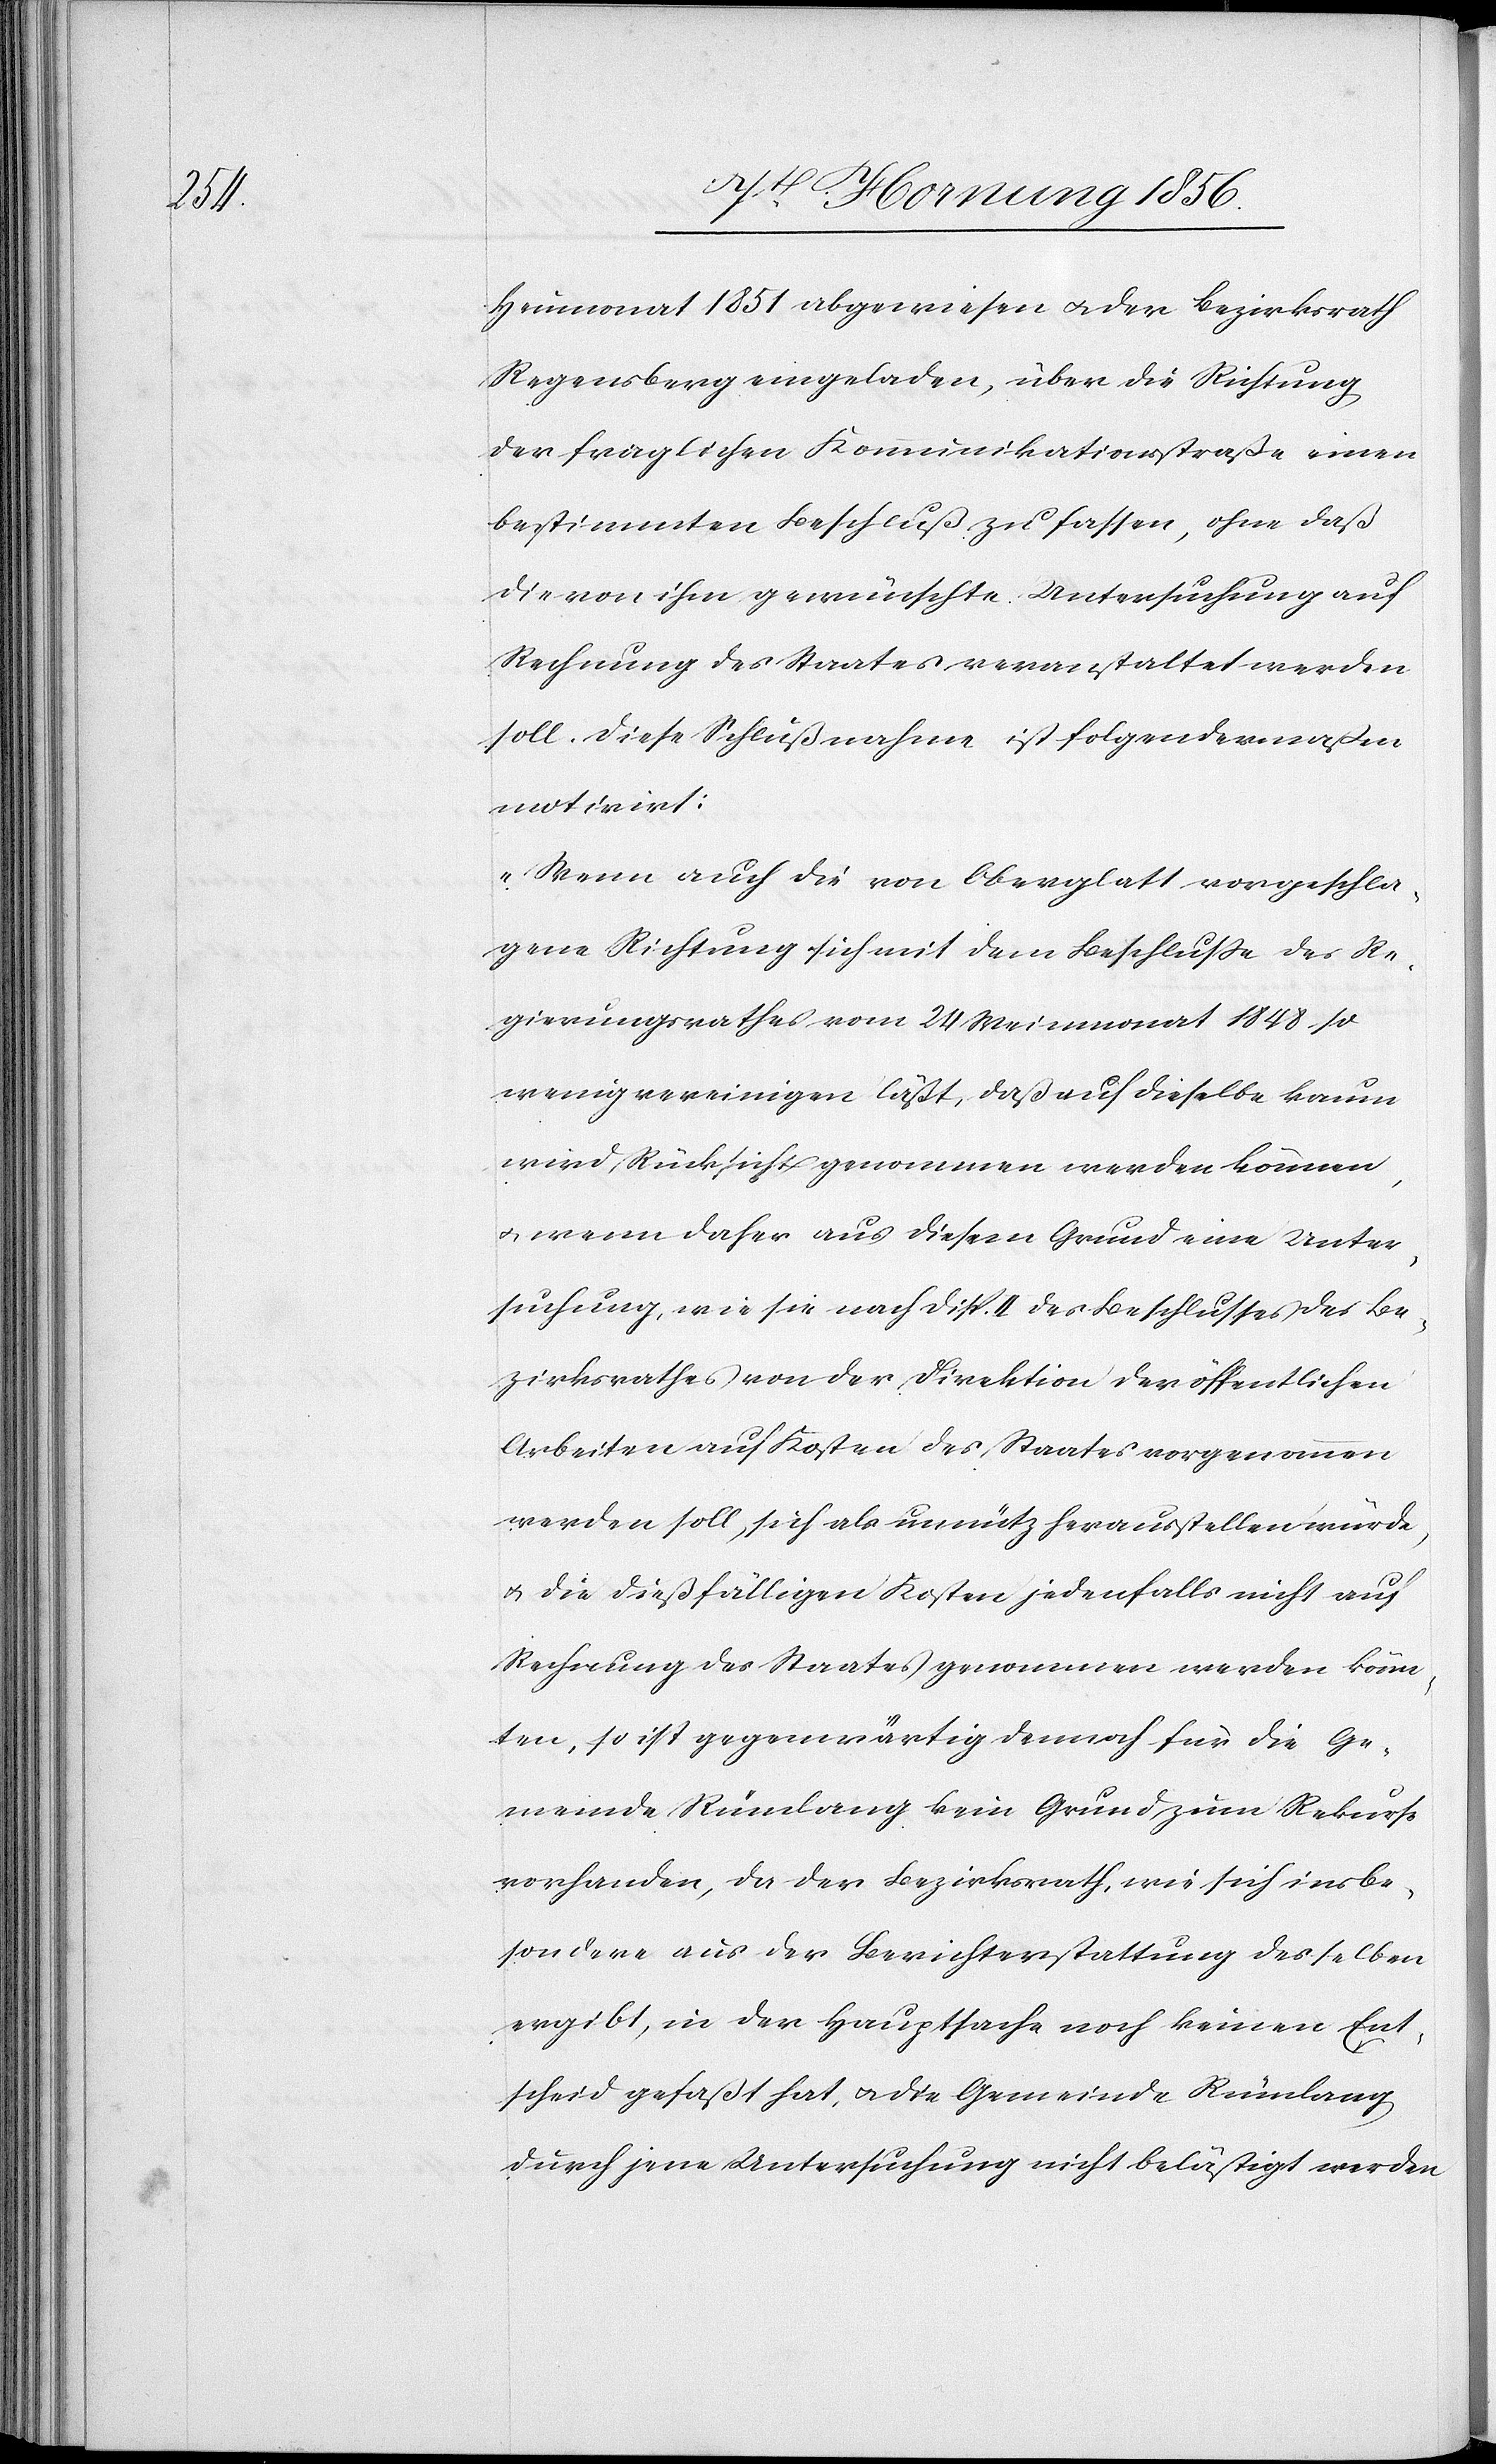
Heumonat 1851 abgewiesen u. der Bezirksrath
Regensberg eingeladen, über die Richtung
der fraglichen Kommunikationsstraße einen
bestimmten Beschluß zu fassen, ohne daß
die von ihm gewünschte Untersuchung auf
Rechnung des Staates veranstaltet werden
soll. Diese Schlußnahme ist folgendermaßen
motivirt:
„Wenn auch die von Oberglatt vorgeschla¬
gene Richtung sich mit dem Beschluße des Re¬
gierungsrathes vom 24 Weinmonat 1848 so
wenig vereinigen läßt, daß auf dieselbe kaum
wird Rücksicht genommen werden können,
u. wenn daher aus diesem Grund eine Unter¬
suchung, wie sie nach Disp. II des Beschlusses des Be¬
zirksrathes von der Direktion der öffentlichen
Arbeiten auf Kosten des Staates vorgenommen
werden soll, sich als unnütz herausstellen würde,
u. die dießfälligen Kosten jedenfalls nicht auf
Rechnung des Staates genommen werden könn¬
ten, so ist gegenwärtig demnach für die Ge¬
meinde Rümlang kein Grund zum Rekurse
vorhanden, da der Bezirksrath, wie sich insbe¬
sondere aus der Berichterstattung desselben
ergibt, in der Hauptsache noch keinen Ent¬
scheid gefaßt hat, u. die Gemeinde Rümlang
durch jene Untersuchung nicht belästigt werden